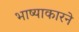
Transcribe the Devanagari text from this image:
भाष्याकारने